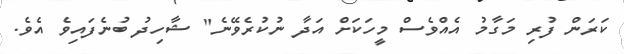
ކަރަން ފުރި މަގާމު އެއްވެސް މީހަކަށް އަދާ ނުކުރެވޭނެ" ޝާހިދު ބުނެފައިވެ އެވެ.